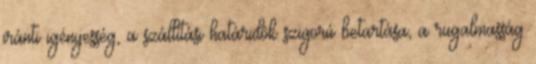
iránti igényesség, a szállítási határidôk szigorú betartása, a rugalmasság